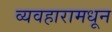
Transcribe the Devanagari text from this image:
व्यवहारामधून